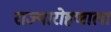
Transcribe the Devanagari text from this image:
राज्यारोहणाला